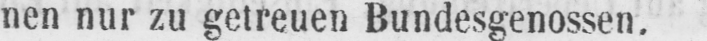
nen nur zu getreuen Bundesgenossen.